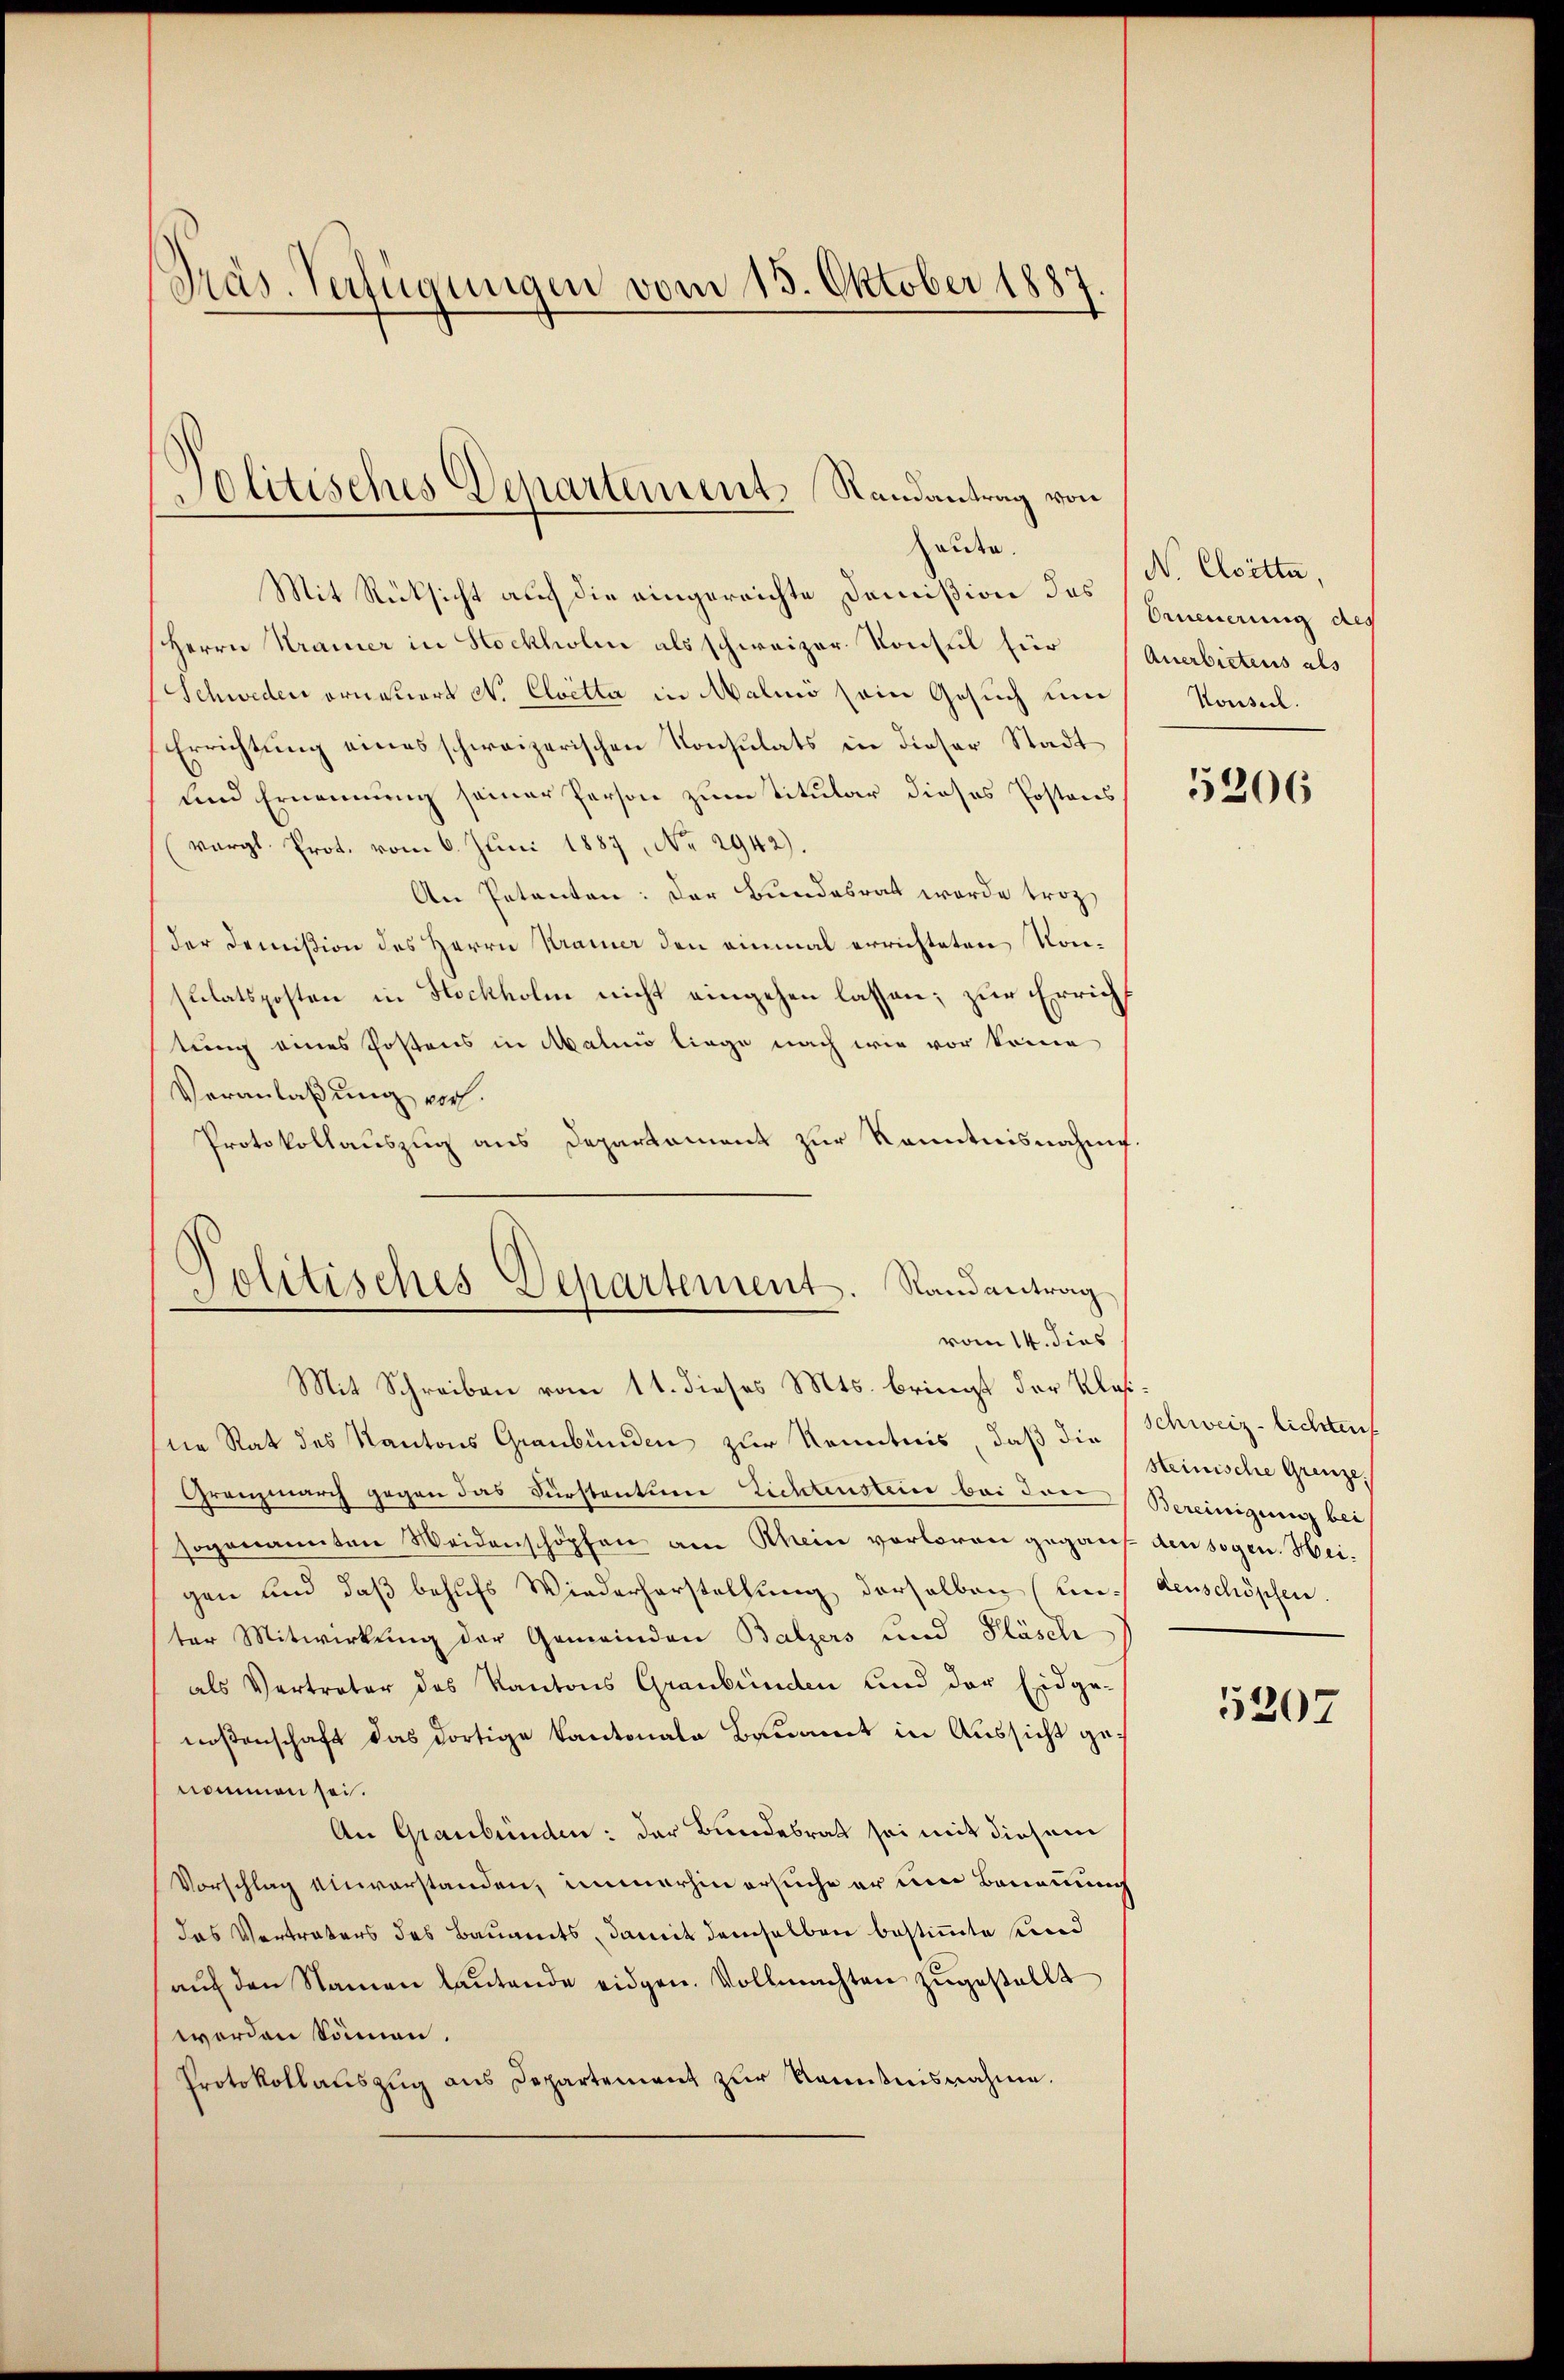
Präs. Verfügungen vom 15. Oktober 1887

olitisches Departement Randantrag von
aute.

Mit Rücksicht auf die eingereichte Domißion des
Herrn Kramer in Hockholen als schweizer Konsul für
Schweden orneuert N. Cloetta in Malio sein Gesuch und
Errichtung eines schweizerischen Konsulats in dieser Stadt
und Ernennung seiner Person zum Titular dieses Postens
(vergl. Prot. vom 6. Juni 1887, No 2942).
An Petenten: Der Bundesrat wurde trot
der Domißion des Herrn Kramer den einmal errichteten Konsulatsposten in Stockholm nicht eingehen lassen; zur Errichtung eines Postens in Malio liege nach wie vor könne
Veranlaßung vorh
Protokollauszug aus Departement zur Kenntnisnahms
ne Rat des Kantons Graubünden zur Kenntnis, daß die
Granzmarch gegen das Fürstentum Lichtenstein bei den
sogenannten Weidenschöpfen am Rhein verloren gegant den sogen. Heigen und daß behufs Wiederherstellung derselben (unter Mitwirkung der Gemeinden Balzers und Pläsch
als Vertreter des Kantons Graubünden und der Eidgenoßenschaft das dortige Kantonale Bauamt in Aussicht genommen sei.
An Graubünden: der Bundesrat sei mit diesem
Vorschlag einverstanden, immerhin ersuche er um Bannung
das Vertraters des Bauamts, damit demselben bestimmte sind
aŭf den Namen laŭtende eidgen. Vollmachten zŭgestellt
werden Sonnen.
Protokollauszug aus Departement zur Kenntnisnahme.

Politisches Departement. Randantrag
vom 14. dies
Mit Schreiben vom 11. dieses Mts. bringt der Klas¬

No Cloetta,
brneuerung des
Anerbietens als
Konseil.

5206

schweiz lichten
steinische Grenze.
Bereinigung bei
denschöpfen.

5207